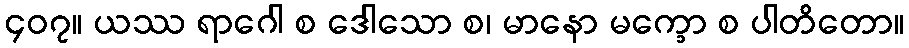
၄၀၇။ ယဿ ရာဂေါ စ ဒေါသော စ၊ မာနော မက္ခော စ ပါတိတော။